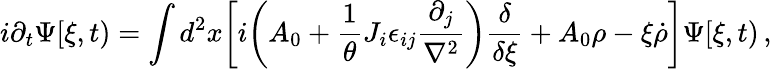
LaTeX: i\partial_{t}\Psi[\xi,t)=\int d^{2}x\biggl[i\biggl(A_{0}+{\frac{1}{\theta}}J_{i}\epsilon_{ij}{\frac{\partial_{j}}{\nabla^{2}}}\biggr){\frac{\delta}{\delta\xi}}+A_{0}\rho-\xi{\dot{\rho}}\biggr]\Psi[\xi,t)\, ,